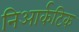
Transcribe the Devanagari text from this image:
निआर्कटिक